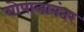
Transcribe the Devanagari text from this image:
गोपालानंतर